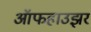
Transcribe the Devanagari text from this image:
ऑफहाउझर